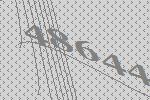
48644